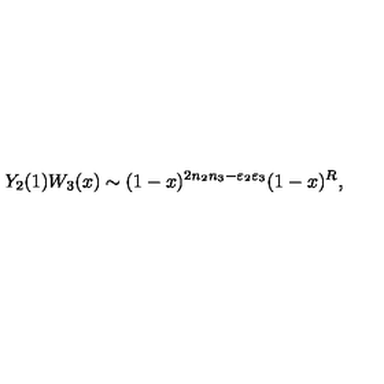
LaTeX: Y _ { 2 } ( 1 ) W _ { 3 } ( x ) \sim ( 1 - x ) ^ { 2 n _ { 2 } n _ { 3 } - \varepsilon _ { 2 } \varepsilon _ { 3 } } ( 1 - x ) ^ { R } ,